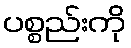
ပစ္စည်းကို